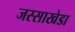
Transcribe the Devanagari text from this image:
जस्‍साखेडा